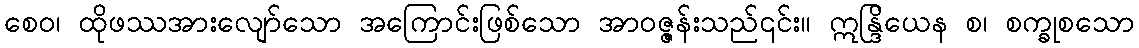
စေဝ၊ ထိုဖဿအားလျော်သော အကြောင်းဖြစ်သော အာဝဇ္ဇန်းသည်၎င်း။ ဣန္ဒြိယေန စ၊ စက္ခုစသော